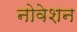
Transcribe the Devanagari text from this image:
नोवेशन